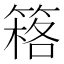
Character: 䈷